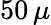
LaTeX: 50\, \mu